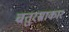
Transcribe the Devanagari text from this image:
चतुरस्राकार